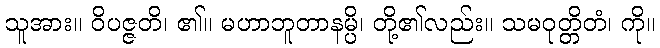
သူအား။ ဝိပဇ္ဇတိ၊ ၏။ မဟာဘူတာနမ္ပိ၊ တို့၏လည်း။ သမဝုတ္တိတံ၊ ကို။